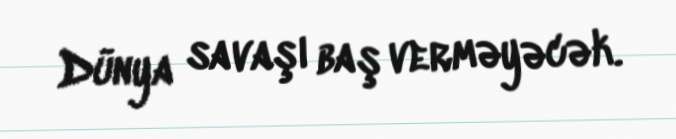
Dünya savaşı baş verməyəcək.